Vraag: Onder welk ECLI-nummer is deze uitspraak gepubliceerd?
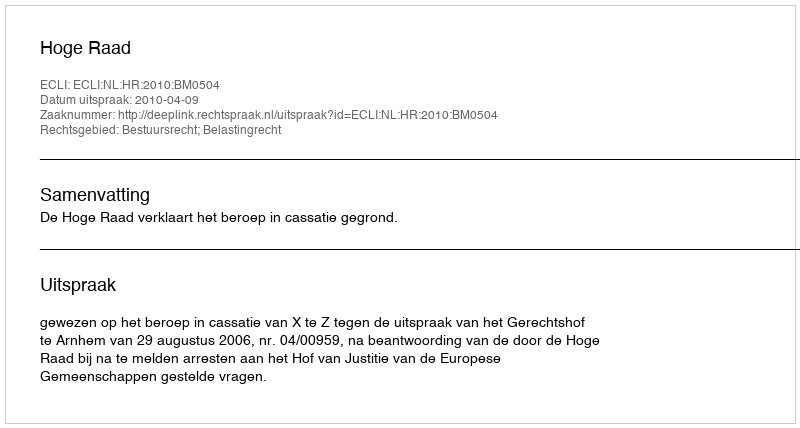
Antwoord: ECLI:NL:HR:2010:BM0504